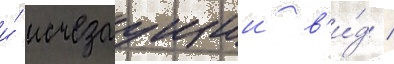
и́ исчезаущии в'и́д /